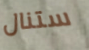
ستنال